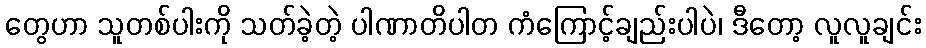
တွေဟာ သူတစ်ပါးကို သတ်ခဲ့တဲ့ ပါဏာတိပါတ ကံကြောင့်ချည်းပါပဲ၊ ဒီတော့ လူလူချင်း